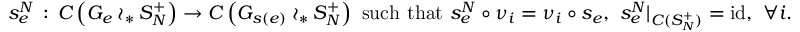
s _ { e } ^ { N } \, : \, C \left( G _ { e } \wr _ { * } S _ { N } ^ { + } \right) \rightarrow C \left( G _ { s ( e ) } \wr _ { * } S _ { N } ^ { + } \right) \mathrm { ~ s u c h ~ t h a t ~ } s _ { e } ^ { N } \circ \nu _ { i } = \nu _ { i } \circ s _ { e } , \, \, s _ { e } ^ { N } \vert _ { C ( S _ { N } ^ { + } ) } = \mathrm { i d } , \, \, \forall i .